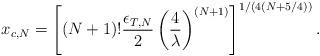
LaTeX: \begin{align*}x_{c,N} = \left[ \left( N+1 \right) ! {\epsilon_{T,N} \over 2 } \left( {4 \over \lambda} \right)^{(N+1)} \right]^{1/(4(N + 5/4))}.\end{align*}